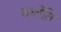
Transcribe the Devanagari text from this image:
कर्तेति